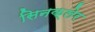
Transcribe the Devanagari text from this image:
सिनक्लेर